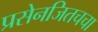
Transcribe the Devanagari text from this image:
प्रसेनजितचचा